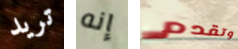
تريد إنه وتقدم